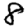
Digit: 8